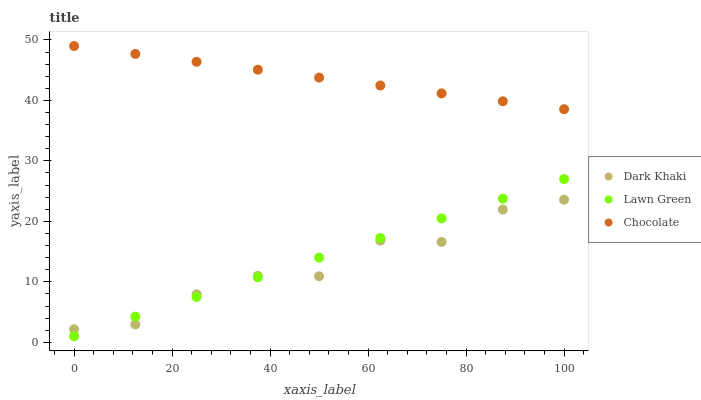
| xaxis_label | Dark Khaki | Lawn Green | Chocolate |
 | --- | --- | --- | --- |
 | 0 | 2.16 | 1 | 49 |
 | 12.5 | 2.96 | 4.25 | 47.7 |
 | 25 | 7.94 | 7.5 | 46.4 |
 | 37.5 | 11 | 10.7 | 45.1 |
 | 50 | 10.9 | 14 | 43.8 |
 | 62.5 | 16.8 | 17.2 | 42.5 |
 | 75 | 16.6 | 20.5 | 41.2 |
 | 87.5 | 22 | 23.7 | 39.9 |
 | 100 | 23.6 | 27 | 38.6 |